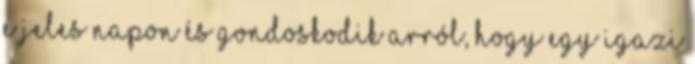
e jeles napon és gondoskodik arról, hogy egy igazi